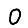
Digit: 0